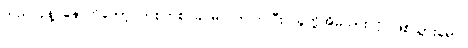
သည်လိုနဲ့ နောက်တော့ တစတစ ခင်မင်လာကြပြီး သူတို့အိမ်သားလို ဖြစ်သွားရော။